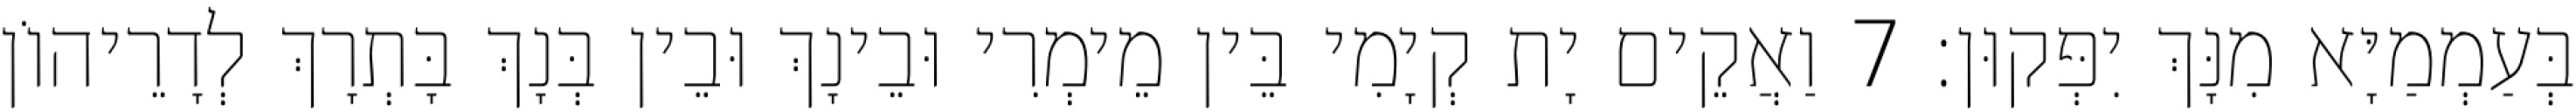
בְּעַמְמַיָּא מִנָּךְ יִפְּקוּן׃ 7 וַאֲקֵים יָת קְיָמִי בֵּין מֵימְרִי וּבֵינָךְ וּבֵין בְּנָךְ בָּתְרָךְ לְדָרֵיהוֹן